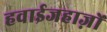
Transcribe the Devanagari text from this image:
हवाईजहाज़ों